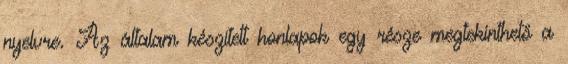
nyelvre. Az általam készített honlapok egy része megtekinthető a